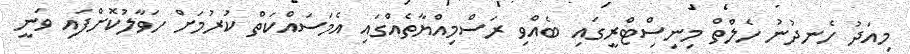
މިއަދު ހެނދުނު ހެލްތް މިނިސިްޓްރީގައި ބެއްވި ރަސްމިއްޔާތެއްގައި އެމަސައްކަތް ކުރުމަށް ހަވާލުކޮށްފައި ވަނީ